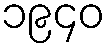
၁၉၄၀